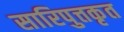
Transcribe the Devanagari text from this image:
सारिपुत्तकृत